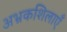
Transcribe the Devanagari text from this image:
अभ्रकशिलाएँ